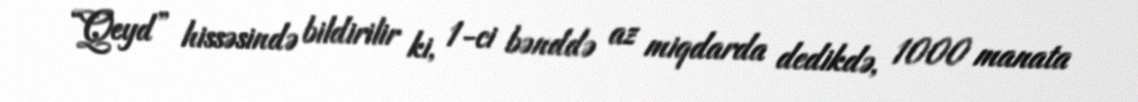
“Qeyd” hissəsində bildirilir ki, 1-ci bənddə az miqdarda dedikdə, 1000 manata